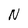
Character: N